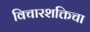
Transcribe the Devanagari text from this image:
विचारशक्तिचा